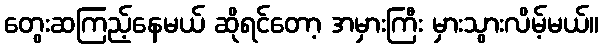
တွေးဆကြည့်နေမယ် ဆိုရင်တော့ အမှားကြီး မှားသွားလိမ့်မယ်။